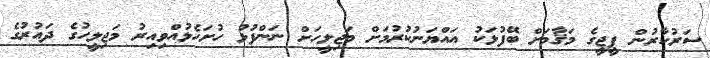
ސަރުކާރުން ޕީޖީގެ މަޤާމަށް ބޭފުޅަކު އައްޔަނުކުރުމަށް މަޖިލީހަށް ނަންފުޅު ހުށަހެޅުއްވިއިރު މަޖިލީހުގެ ދައުރުގެ